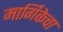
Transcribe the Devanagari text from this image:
मार्गिकेचा